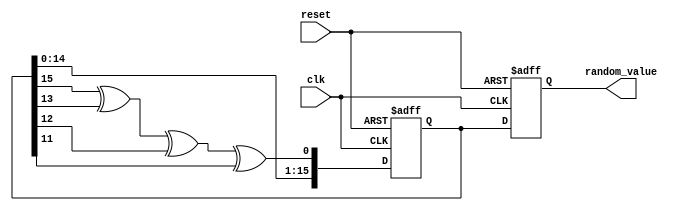
module random_initialization (
    input wire clk,             // Clock signal
    input wire reset,           // Asynchronous reset
    output reg [15:0] random_value // 16-bit random value output
);

    // Internal variables
    reg [15:0] lfsr;            // LFSR register
    reg [15:0] seed;            // Seed value

    // LFSR feedback taps (example for a 16-bit LFSR)
    wire feedback = lfsr[15] ^ lfsr[13] ^ lfsr[12] ^ lfsr[11];

    // Asynchronous reset and initialization
    always @(posedge clk or posedge reset) begin
        if (reset) begin
            // Reset the LFSR and seed
            lfsr <= 16'hACE1; // Example seed
            random_value <= 16'b0; // Clear output on reset
        end else begin
            // Shift operation for LFSR
            lfsr <= {lfsr[14:0], feedback};
            random_value <= lfsr; // Update random value
        end
    end

endmodule